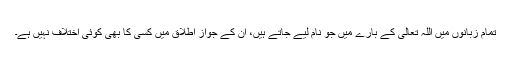
تمام زبانوں میں اللہ تعالیٰ کے بارے میں جو نام لیے جاتے ہیں، ان کے جوازِ اطلاق میں کسی کا بھی کوئی اختلاف نہیں ہے۔